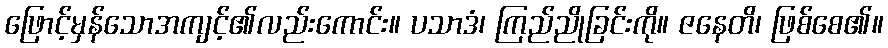
ဖြောင့်မှန်သောအကျင့်၏လည်းကောင်း။ ပသာဒံ၊ ကြည်ညိုခြင်းကို။ ဇနေတိ၊ ဖြစ်စေ၏။